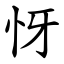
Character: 㤉